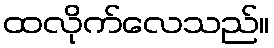
ထလိုက်လေသည်။